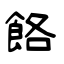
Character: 餎